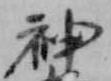
神